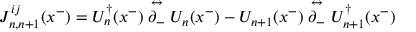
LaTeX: J _ { n , n + 1 } ^ { i j } ( x ^ { - } ) = U _ { n } ^ { \dagger } ( x ^ { - } ) \stackrel { \leftrightarrow } { \partial _ { - } } U _ { n } ( x ^ { - } ) - U _ { n + 1 } ( x ^ { - } ) \stackrel { \leftrightarrow } { \partial _ { - } } U _ { n + 1 } ^ { \dagger } ( x ^ { - } )